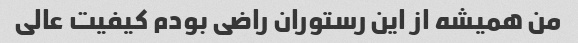
من همیشه از این رستوران راضی بودم کیفیت عالی